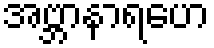
အဗ္ဘာနာရဟေ